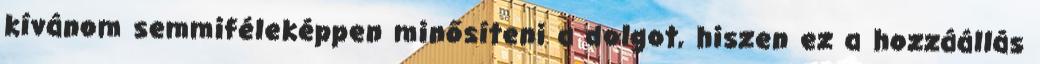
kívánom semmiféleképpen minősíteni a dolgot, hiszen ez a hozzáállás